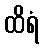
ထိရံ